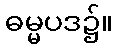
ဓမ္မပဒ၌။